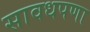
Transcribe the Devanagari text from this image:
सावधपणा